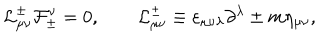
{ \cal L } _ { \mu \nu } ^ { \pm } { \cal F } _ { \pm } ^ { \nu } = 0 , \qquad { \cal L } _ { \mu \nu } ^ { \pm } \equiv \varepsilon _ { \mu \nu \lambda } \partial ^ { \lambda } \pm m \eta _ { \mu \nu } ,